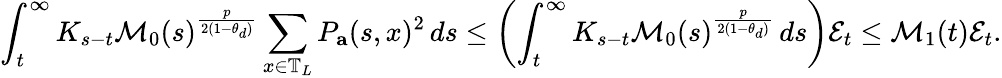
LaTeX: \int_{t}^{\infty}K_{s-t}\mathcal{M}_{0}(s)^{\frac{p}{2(1-\theta_{d})}}\sum_{x\in\mathbb{T}_{L}}P_{\mathbf{a}}(s,x)^{2}\, ds\leq\left(\int_{t}^{\infty}K_{s-t}\mathcal{M}_{0}(s)^{\frac{p}{2(1-\theta_{d})}}\, ds\right)\mathcal{E}_{t}\leq\mathcal{M}_{1}(t)\mathcal{E}_{t}.